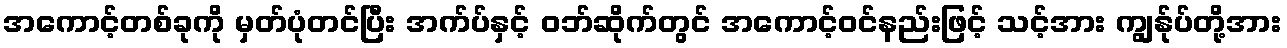
အကောင့်တစ်ခုကို မှတ်ပုံတင်ပြီး အက်ပ်နှင့် ဝဘ်ဆိုက်တွင် အကောင့်ဝင်နည်းဖြင့် သင့်အား ကျွန်ုပ်တို့အား